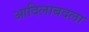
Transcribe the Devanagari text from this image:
आदिलाबदला